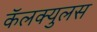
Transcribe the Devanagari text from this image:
कॅलक्युलस